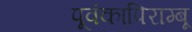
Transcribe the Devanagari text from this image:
पूवंकापिराम्बू